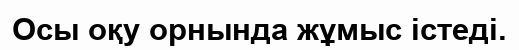
Осы оқу орнында жұмыс істеді.